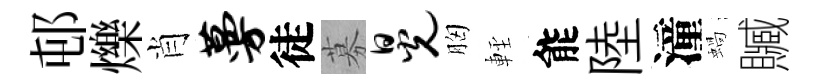
邨爍肖蔓徒募晃胸䡖能陸潼蝸贓